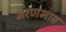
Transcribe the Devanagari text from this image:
मरणभाव